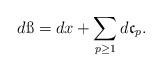
LaTeX: \begin{align*} d\ss=dx+ \sum_{p\geq 1}d\mathfrak{c}_p.\end{align*}